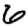
Digit: 6